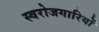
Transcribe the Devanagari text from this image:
स्वरोजगारियों